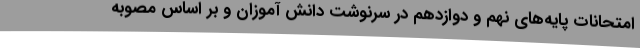
امتحانات پایه‌های نهم و دوازدهم در سرنوشت دانش آموزان و بر اساس مصوبه